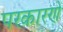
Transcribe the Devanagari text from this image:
परकारणे